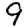
Digit: 9